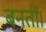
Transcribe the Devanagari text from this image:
बनतीं।